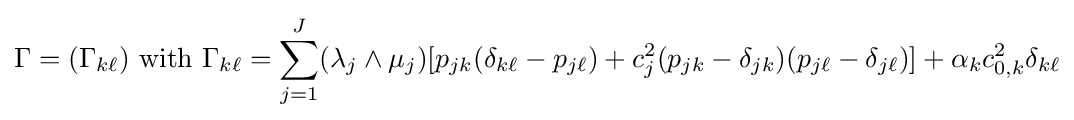
\Gamma =(\Gamma _{k\ell }){\text{ with }}\Gamma _{k\ell }=\sum _{j=1}^{J}(\lambda _{j}\wedge \mu _{j})[p_{jk}(\delta _{k\ell }-p_{j\ell })+c_{j}^{2}(p_{jk}-\delta _{jk})(p_{j\ell }-\delta _{j\ell })]+\alpha _{k}c_{0,k}^{2}\delta _{k\ell }